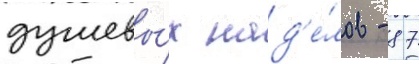
душевы́х над'е́лов - 87